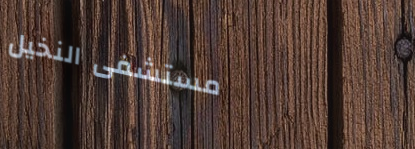
مستشفى النخيل